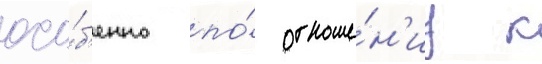
осо́б'енно по́ отноше́н'иу к